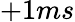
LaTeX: +1ms